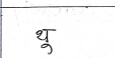
मजकूर: थू